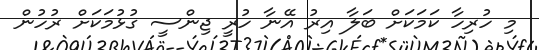
މި ހުރިހާ ކަމަކަށް ބަލާ އިރު އޭނާ ހުރީ ޖިންސީ ގުޅުމަކަށް ރުހުން